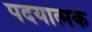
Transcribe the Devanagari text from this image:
पदयात्मक